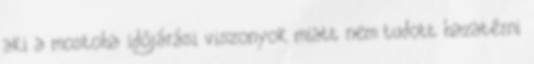
aki a mostoha időjárási viszonyok miatt nem tudott hazatérni